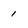
Character: 1